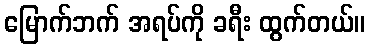
မြောက်ဘက် အရပ်ကို ခရီး ထွက်တယ်။